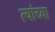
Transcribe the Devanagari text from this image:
त्यांच्या